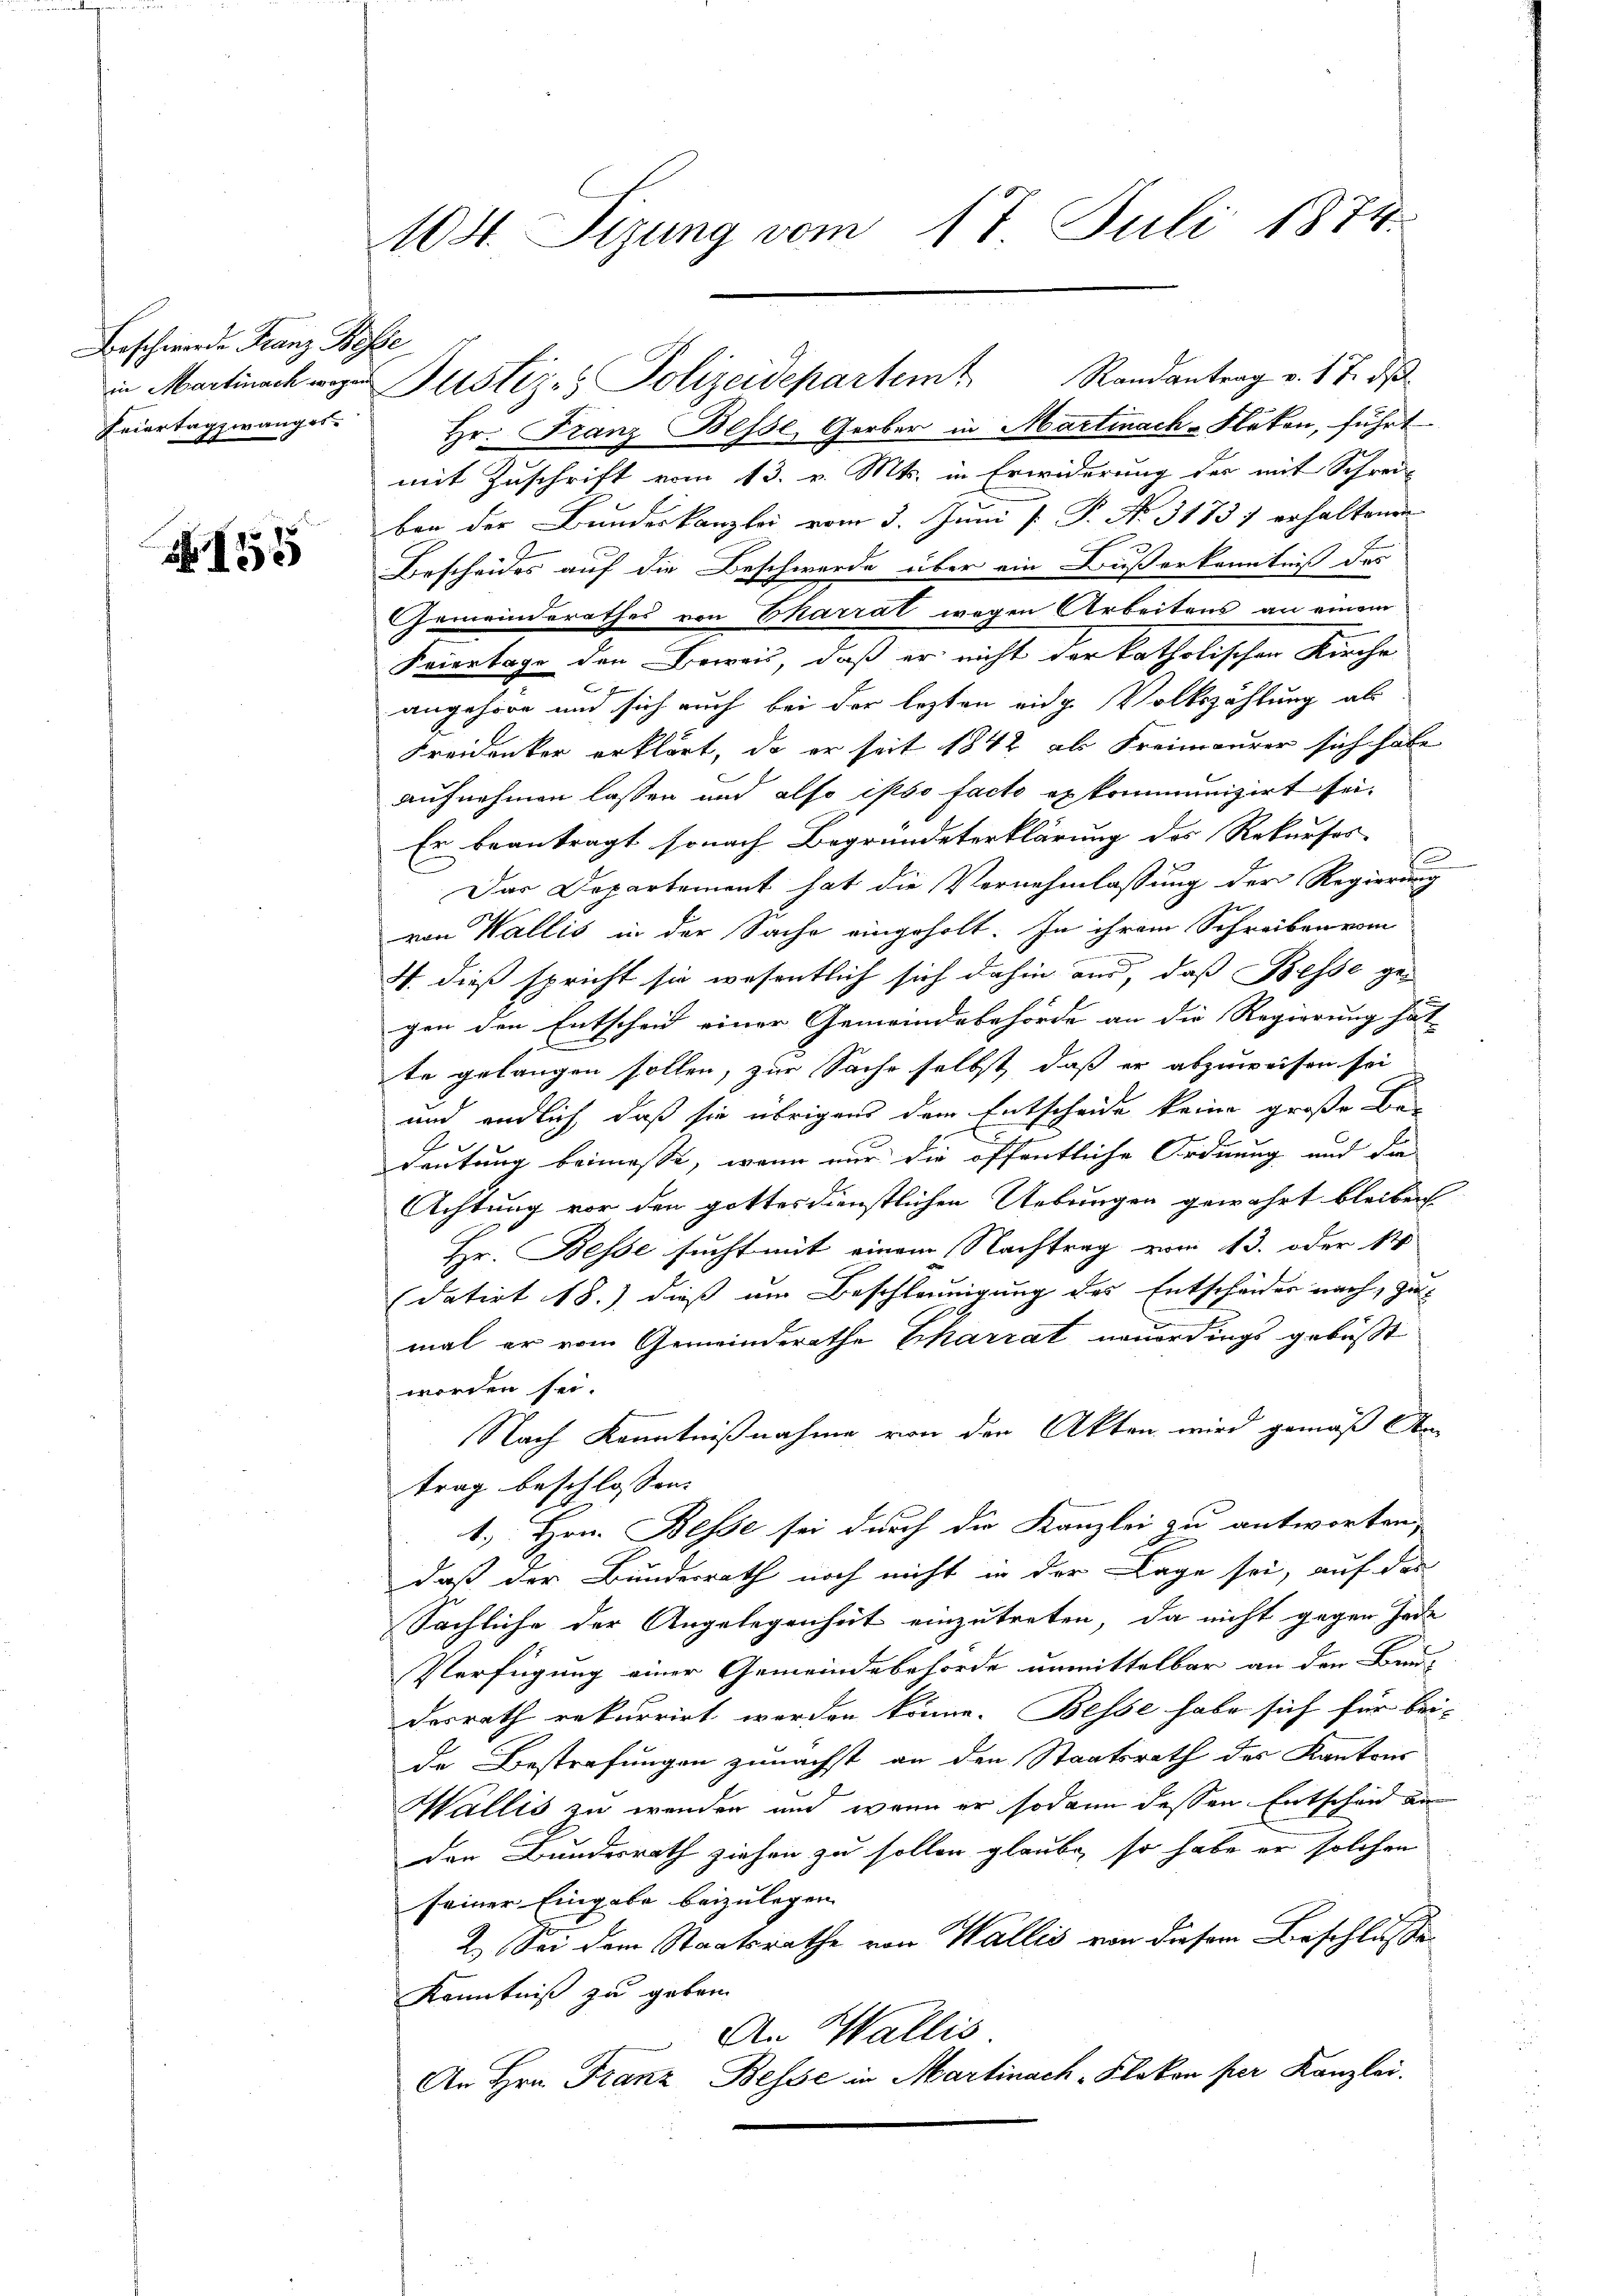
Beschwerde Franz Bosse
Feiertagzwang er

S. 155

104. Tizung vom 17. Juli 1874.

Hr. Franz Besse Gerber in Martinach-Fläten, führt
mit Zuschrift vom 13. v. Mts. in Erwiderung der mit Schrei-
ban der Bundeskanzlei vom 3. Juni [ P. Nr. 31737 erhaltenen
Bescheides auf die Beschwerde über ein Bußerkenntniß des
Gemeinderathes von Ekarrat wegen Arbeitens an einem
Feiertage den Beweis, daß er nicht der katholischen Kirche
angehöre und sich auch bei der lezten eidg. Volkszählung als
Freidenker erklärt, da er seit 1842 als Freimaurer sich habe
aufnehmen lassen und also ist so facto exkommunizirt sei.
Er beantragt sonach Begründeterklärung des Rekurses
e
Das Departement hat die Vernehmlassung der Regierung
von Wallis in der Sache eingeholt. In ihrem Schreiben vom
4. dieß spricht sie wesentlich sich dahin und, daß Besse gegen den Entscheid einer Gemeindebehörde an die Regierung hät
te gelangen sollen, zur Sache selbst, daß er abzuweisen sei
e
und endlich, daß sie übrigens dem Entscheide keine große Be¬
Deutung beimesse, wenn nur die öffentliche Ordnung und die
Achtung vor den gottesdienstlichen Uebungen gewährt bleiben
Hr. Besse sucht mit einem Nachtrag vom 13. oder 14
(datirt 18.) dieß um Beschleunigung des Entscheider nach, Zu-
mal er vom Gemeinderathe Charrat neuerdings gebüßt
worden sei.
Nach Kenntnißnahme von den Akten wird gemäß An
trag beschlossen:
1. Hrn. Besse sei durch die Kanzlei zu antworten,
daß der Bundesrath noch nicht in der Lage sei, auf das
Sächliche der Angelegenheit einzutreten, da nicht gegen Jede
Verfügung einer Gemeindebehörde unmittelbar an den Bun-
desrath rekurrirt werden könne. Besse habe sich für bei-
de Bestrafungen zunächst an den Staatsrath des Kantons
Wallis zu wenden und wenn er sodann dessen Entscheid an
den Bundesrath ziehen zu sollen glaube, so habe er solchen
seiner Eingabe beizulegen.
2.) Sei dem Staatsrathe von Wallis von diesem Beschlusse
Kenntniß zu geben.
An Wallis
An Hrn. Franz Besse in Martinach-Klakon per Kanzlei.

in Martinach zu Justiz- & Polizeidepartem Randantrag v. 17. ds